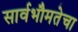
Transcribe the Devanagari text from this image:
सार्वभौमतेचा